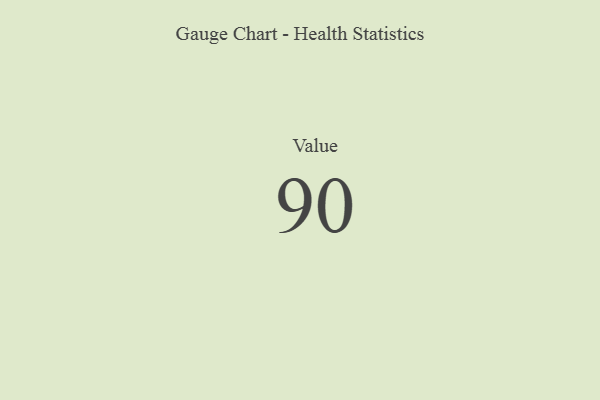
{"axis": {"x": "Metric", "y": "Value"}, "legend": [""], "data": [{"x": "Value", "y": 90, "type": ""}]}